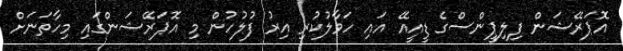
އޮޕަރޭޝަން ފިލިޕީންސްގެ ޑީއީއޭ އައި ހަވާލުކުރި އިރު ފުލުހުން މި އޮޕަރޭޝަންގައި މިހާތަނަށް